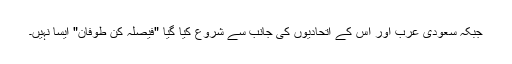
جبکہ سعودی عرب اور اس کے اتحادیوں کی جانب سے شروع کیا گیا "فیصلہ کن طوفان" ایسا نہیں۔